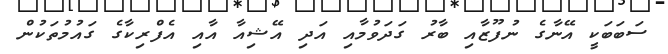
ސަބަބަކީ އޭނާގެ ނުފޫޒާއި ބާރު ގަދަވުމާއި އަދި އޭޝިއާ އާއި އެފްރިކާގެ ގައުމުތަކުން